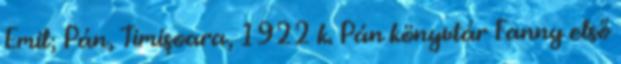
Emil; Pán, Timişoara, 1922 k. Pán könyvtár Fanny első